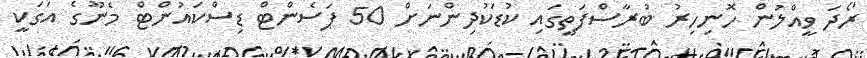
ރޯދަ ވީއްލުން ހޮނިހިރު ބުރާސްފަތީގައި ކުޑަކުދިންނަށް 50 ޕަސެންޓް ޑިސްކައުންޓް މެނޫގެ އަގަކީ